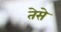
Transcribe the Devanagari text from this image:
तेसे